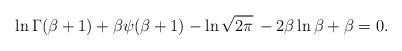
LaTeX: \begin{align*}\ln \Gamma(\beta+1) +\beta\psi (\beta+1) -\ln\sqrt{2\pi}\,-2\beta\ln \beta+\beta=0.\end{align*}